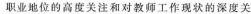
职业地位的高度关注和对教师工作现状的深度关